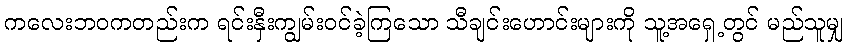
ကလေးဘဝကတည်းက ရင်းနှီးကျွမ်းဝင်ခဲ့ကြသော သီချင်းဟောင်းများကို သူ့အရှေ့တွင် မည်သူမျှ